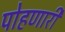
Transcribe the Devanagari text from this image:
पोहणारी